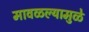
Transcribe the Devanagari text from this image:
मावळल्यामुळे